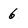
Character: 6